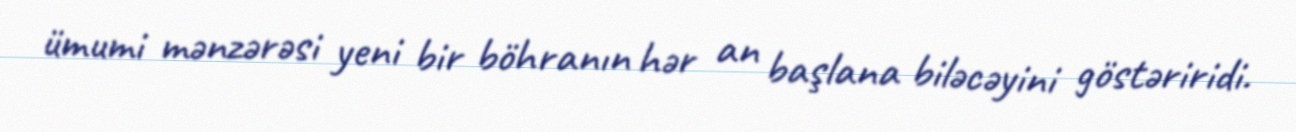
ümumi mənzərəsi yeni bir böhranın hər an başlana biləcəyini göstəriridi.